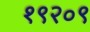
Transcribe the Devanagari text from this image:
१९२०९